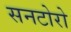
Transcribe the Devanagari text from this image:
सनटोरो